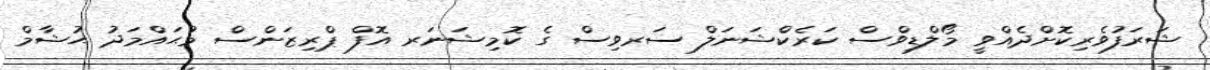
ޝަރަފުވެރިކޮށްދެއްވީ މޯލްޑިވްސް ކަރެކްޝަނަލް ސަރވިސް ގެ ކޮމިޝަނަރ އޮފް ޕްރިޒަންސް މުޙައްމަދު ޙުޝާމް